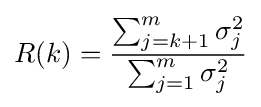
R(k)={\frac {\sum _{j=k+1}^{m}\sigma _{j}^{2}}{\sum _{j=1}^{m}\sigma _{j}^{2}}}